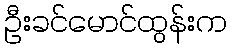
ဦးခင်မောင်ထွန်းက